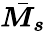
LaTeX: \bar{\boldsymbol{M_{s}}}